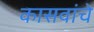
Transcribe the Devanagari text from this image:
कासवांचे